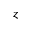
z